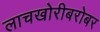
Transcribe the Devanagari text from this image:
लाचखोरीबरोबर